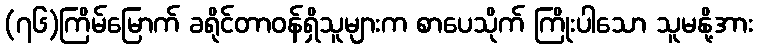
(၇၆)ကြိမ်မြောက် ခရိုင်တာဝန်ရှိသူများက စာပေသိုက် ကြိုးပါသော သူမနို့အား